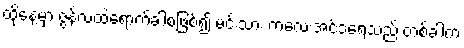
ထိုနေ့မှာ ဇွန်လထဲရောက်ခါစဖြစ်၍ မင်းသား ကလေးအင်ဒရေသည် တစ်ခါက